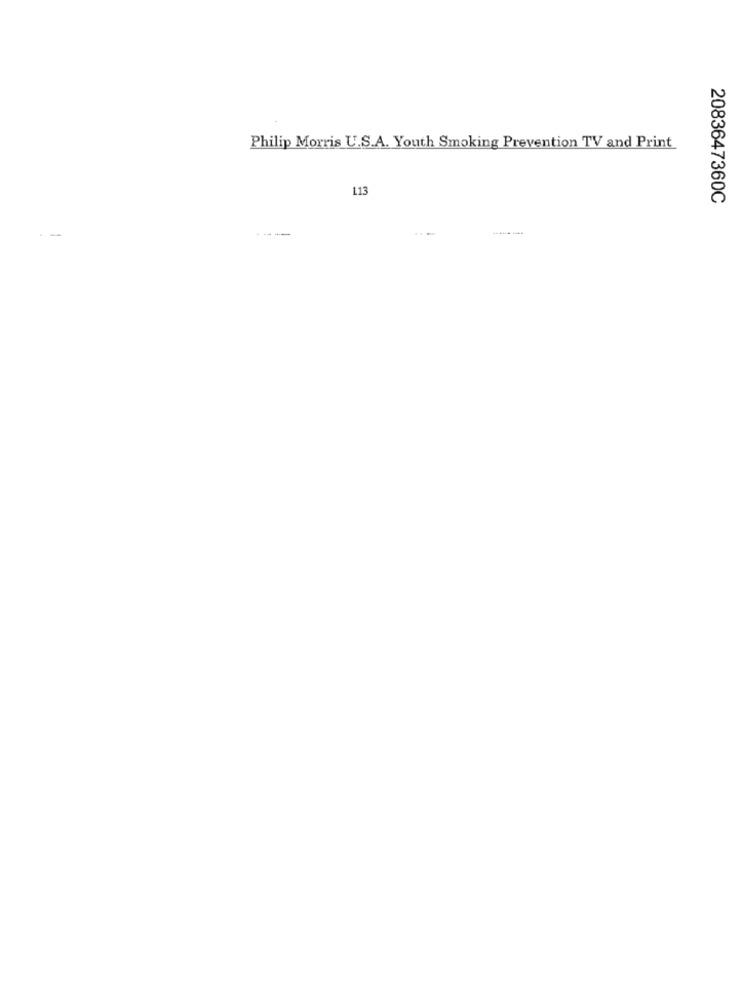
Philip Morris U.S.A. Youth Smoking Prevention TV and Print
113
2083647360C
--
----
--